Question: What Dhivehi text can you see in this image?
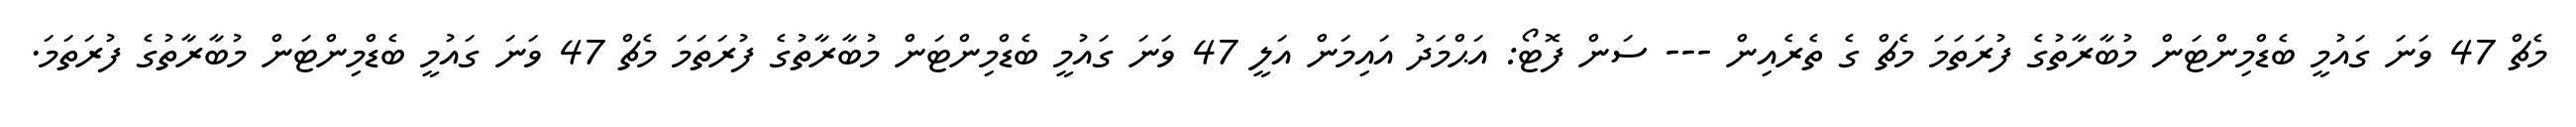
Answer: މެޗް 47 ވަނަ ގައުމީ ބެޑްމިންޓަން މުބާރާތުގެ ފުރަތަމަ މެޗް ގެ ތެރެއިން --- ސަން ފޮޓޯ: އަޙްމަދު އައިމަން އަލީ 47 ވަނަ ގައުމީ ބެޑްމިންޓަން މުބާރާތުގެ ފުރަތަމަ މެޗް 47 ވަނަ ގައުމީ ބެޑްމިންޓަން މުބާރާތުގެ ފުރަތަމަ.